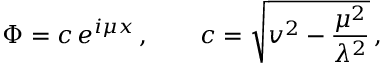
\Phi = c \, e ^ { i \mu x } \, , \qquad c = \sqrt { v ^ { 2 } - { \frac { \mu ^ { 2 } } { \lambda ^ { 2 } } } } \, ,